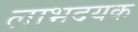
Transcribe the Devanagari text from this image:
लाभदयक